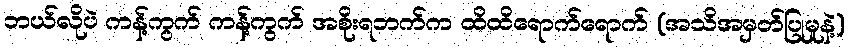
ဘယ်လိုပဲ ကန့်ကွက် ကန့်ကွက် အစိုးရဘက်က ထိထိရောက်ရောက် (အသိအမှတ်ပြုမှုနဲ့)